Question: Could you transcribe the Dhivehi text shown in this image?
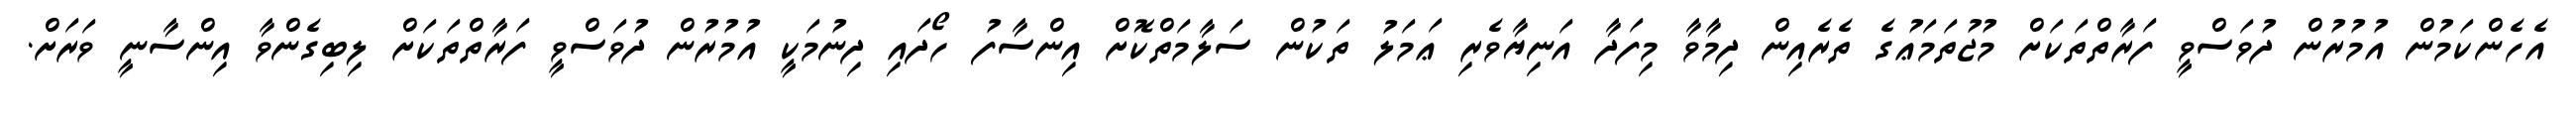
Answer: އެހެންކަމުން އުމުރުން ދުވަސްވީ ފަރާތްތަކަށް މުޖުތަމަޢުގެ ތެރެއިން ދިމާވާ މިފަދާ އަނިޔާވެރި ޢަމަލު ތަކުން ސަލާމަތްކޮށް އިންސާފު ހޯދައި ދިނުމަކީ އުމުރުން ދުވަސްވީ ފަރާތްތަކަށް ލިބިގެންވާ އިންސާނީ ވަރަށް.